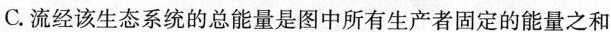
C.流经该生态系统的总能量是图中所有生产者固定的能量之和